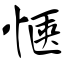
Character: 惬